Specificity of antivenomous sera (second communication) - Number 10
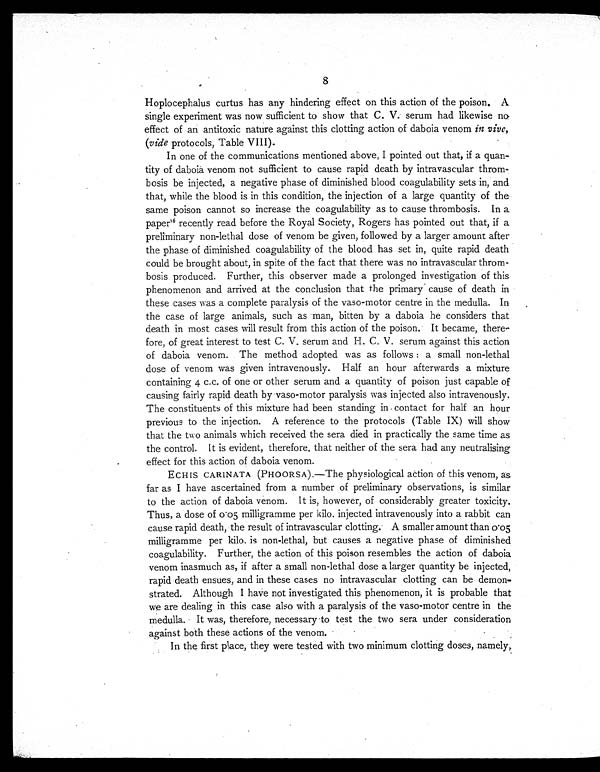
8
Hoplocephalus curtus has any hindering effect on this action of the poison. A
single experiment was now sufficient to show that C. V. serum had likewise no
effect of an antitoxic nature against this clotting action of daboia venom in vivo,
(vide protocols, Table VIII).
In one of the communications mentioned above, I pointed out that, if a quan-
tity of daboia venom not sufficient to cause rapid death by intravascular throm-
bosis be injected, a negative phase of diminished blood coagulability sets in, and
that, while the blood is in this condition, the injection of a large quantity of the
same poison cannot so increase the coagulability as to cause thrombosis. In a
paper16recently read before the Royal Society, Rogers has pointed out that, if a
preliminary non-lethal dose of venom be given, followed by a larger amount after
the phase of diminished coagulability of the blood has set in, quite rapid death
could be brought about, in spite of the fact that there was no intravascular throm-
bosis produced. Further, this observer made a prolonged investigation of this
phenomenon and arrived at the conclusion that the primary cause of death in
these cases was a complete paralysis of the vaso-motor centre in the medulla. In
the case of large animals, such as man, bitten by a daboia he considers that
death in most cases will result from this action of the poison. It became, there-
fore, of great interest to test C. V. serum and H. C. V. serum against this action
of daboia venom. The method adopted was as follows : a small non-lethal
dose of venom was given intravenously. Half an hour afterwards a mixture
containing 4 c.c. of one or other serum and a quantity of poison just capable of
causing fairly rapid death by vaso-motor paralysis was injected also intravenously.
The constituents of this mixture had been standing in contact for half an hour
previous to the injection. A reference to the protocols (Table IX) will show
that the two animals which received the sera died in practically the same time as
the control. It is evident, therefore, that neither of the sera had any neutralising
effect for this action of daboia venom.
ECHIS CARINATA (PHOORSA).—The physiological action of this venom, as
far as I have ascertained from a number of preliminary observations, is similar
to the action of daboia venom. It is, however, of considerably greater toxicity.
Thus, a dose of 0.05 milligramme per kilo. injected intravenously into a rabbit can
cause rapid death, the result of intravascular clotting. A smaller amount than 0.05
milligramme per kilo. is non-lethal, but causes a negative phase of diminished
coagulability. Further, the action of this poison resembles the action of daboia
venom inasmuch as, if after a small non-lethal dose a larger quantity be injected,
rapid death ensues, and in these cases no intravascular clotting can be demon-
strated. Although I have not investigated this phenomenon, it is probable that
we are dealing in this case also with a paralysis of the vaso-motor centre in the
medulla. It was, therefore, necessary to test the two sera under consideration
against both these actions of the venom.
In the first place, they were tested with two minimum clotting doses, namely,